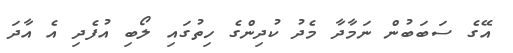
އޭގެ ސަބަބުން ނަމާދާ މެދު ކުދިންގެ ހިތުގައި ލޯބި އުފެދި އެ އާދަ